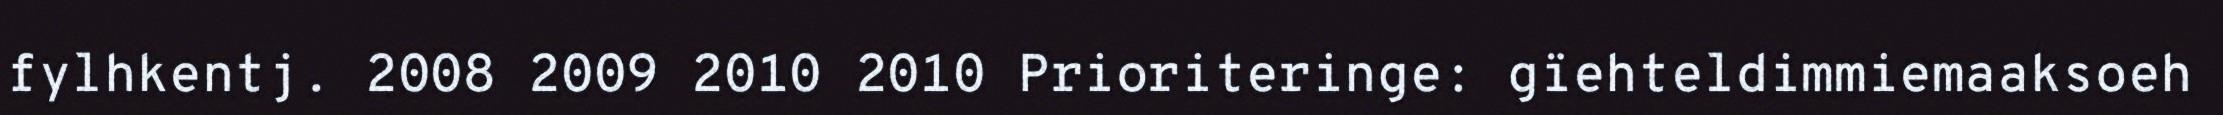
fylhkentj. 2008 2009 2010 2010 Prioriteringe: gïehteldimmiemaaksoeh